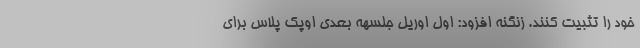
خود را تثبیت کنند. زنگنه افزود: اول اوریل جلسهه بعدی اوپک پلاس برای